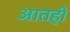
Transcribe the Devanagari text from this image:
आतही